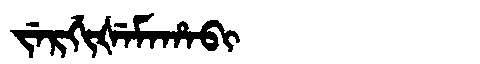
Manchu: ᠵᡝᡵᡤᡳᡧᡝᠮᠠᡥᠠᠪᡳ
Romanization: JERGIŠEMAHABI